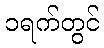
၁ရက်တွင်